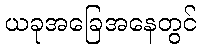
ယခုအခြေအနေတွင်